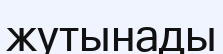
жутынады